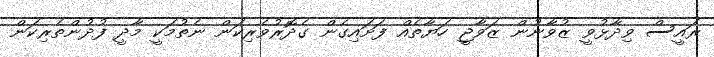
ރައީސް ވިދާޅުވީ ޒުވާނުން ޒަވާޖީ ހަޔާތެއް ފަށައިގެން ގެދޮރުވެރިކަން ނެތުމަކީ މާދީ ފުދުންތެރިކަން